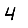
Digit: 4